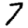
Digit: 7